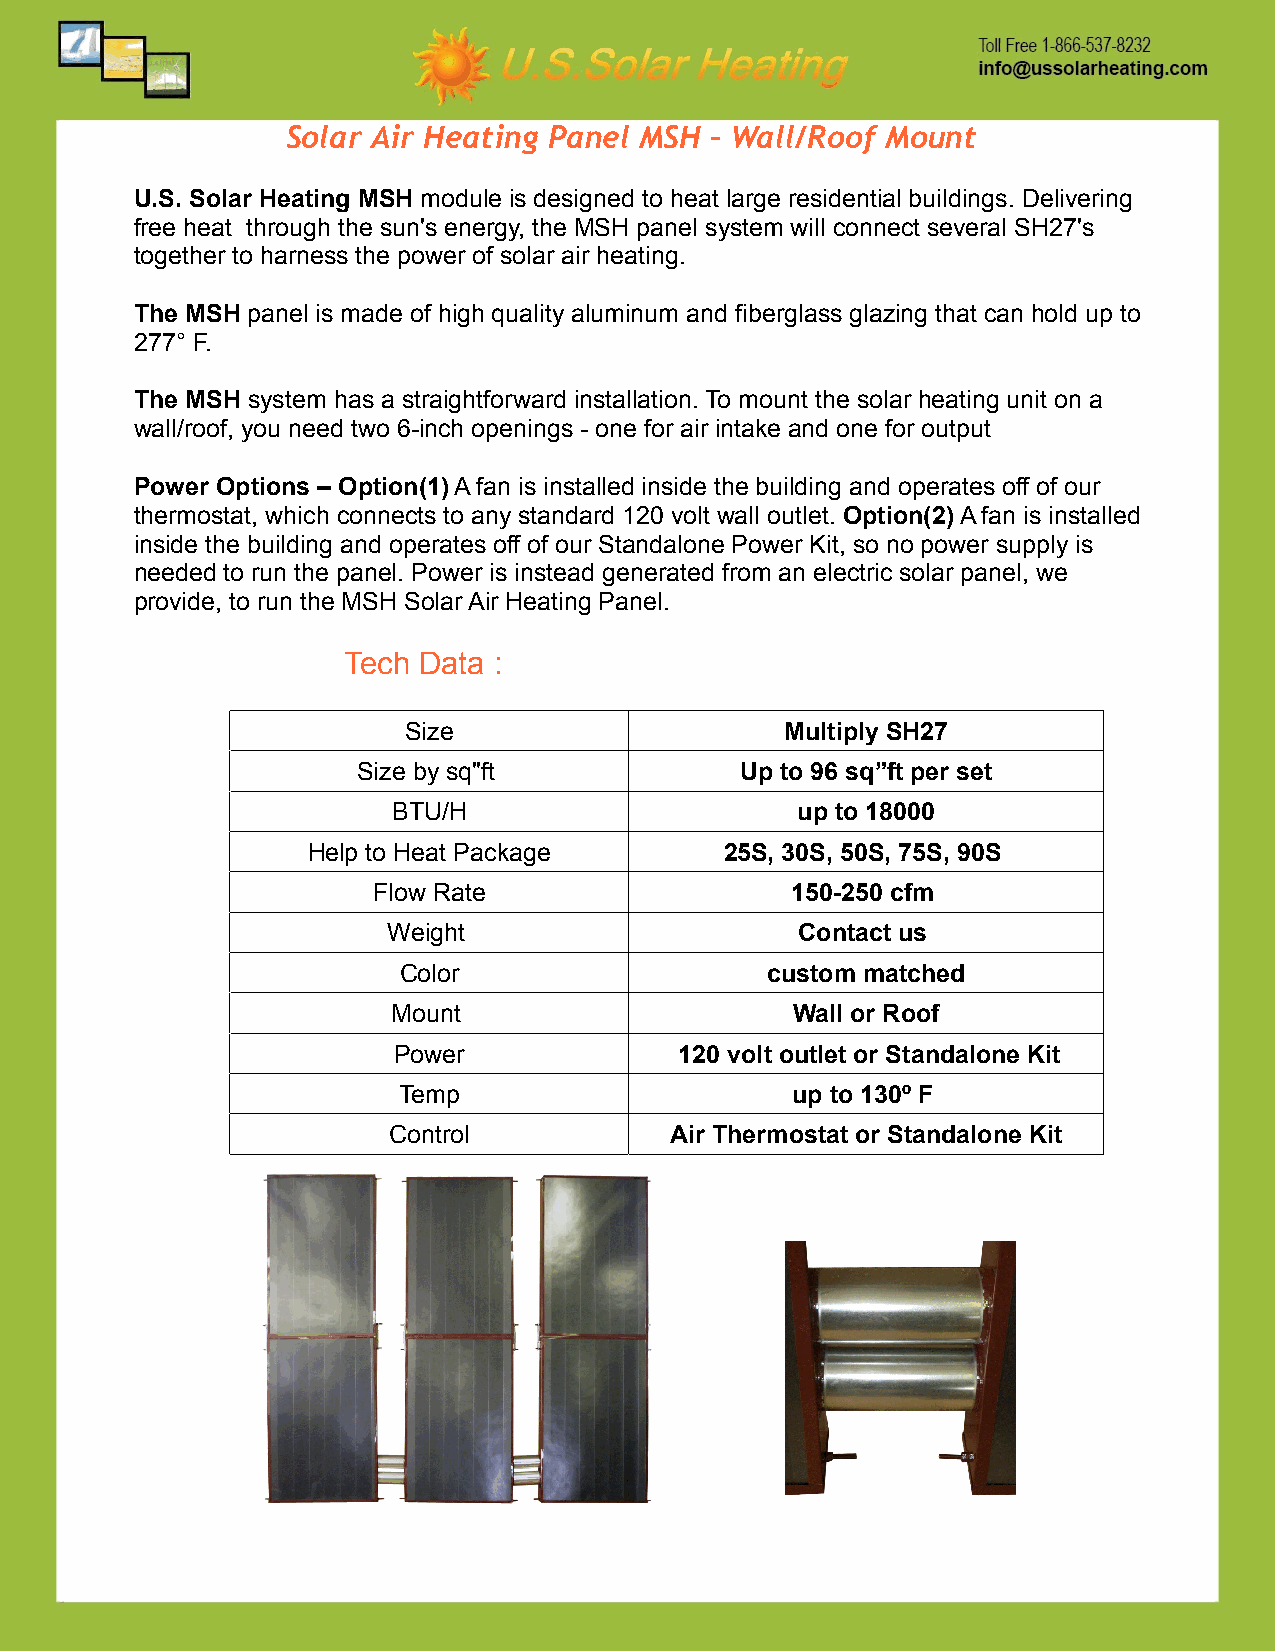
Solar Air Heating Panel MSH – Wall/Roof Mount
 U.S. Solar Heating MSH module is designed to heat large residential buildings. Delivering
 free heat through the sun's energy, the MSH panel system will connect several SH27's
 together to harness the power of solar air heating.
 The MSH panel is made of high quality aluminum and fiberglass glazing that can hold up to
 277° F.
 The MSH system has a straightforward installation. To mount the solar heating unit on a
 wall/roof, you need two 6-inch openings - one for air intake and one for output
 Power Options – Option(1) A fan is installed inside the building and operates off of our
 thermostat, which connects to any standard 120 volt wall outlet. Option(2) A fan is installed
 inside the building and operates off of our Standalone Power Kit, so no power supply is
 needed to run the panel. Power is instead generated from an electric solar panel, we
 provide, to run the MSH Solar Air Heating Panel.
 Tech Data :
 Size                     Multiply SH27
 Size by sq"ft            Up to 96 sq”ft per set
 BTU/H                      up to 18000
 Help to Heat Package        25S, 30S, 50S, 75S, 90S
 Flow Rate                  150-250 cfm
 Weight                     Contact us
 Color                    custom matched
 Mount                      Wall or Roof
 Power              120 volt outlet or Standalone Kit
 Temp                      up to 130º F
 Control           Air Thermostat or Standalone Kit